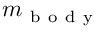
m _ { \mathrm { ~ b ~ o ~ d ~ y ~ } }